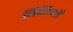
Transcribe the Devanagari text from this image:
तिरियाँ